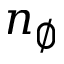
n _ { \emptyset }